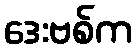
ဒေးဗစ်က